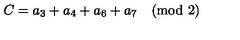
C = a _ { 3 } + a _ { 4 } + a _ { 6 } + a _ { 7 } \quad \mathrm { ( m o d \ 2 ) }